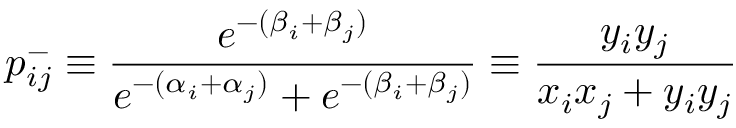
p _ { i j } ^ { - } \equiv \frac { e ^ { - ( \beta _ { i } + \beta _ { j } ) } } { e ^ { - ( \alpha _ { i } + \alpha _ { j } ) } + e ^ { - ( \beta _ { i } + \beta _ { j } ) } } \equiv \frac { y _ { i } y _ { j } } { x _ { i } x _ { j } + y _ { i } y _ { j } }